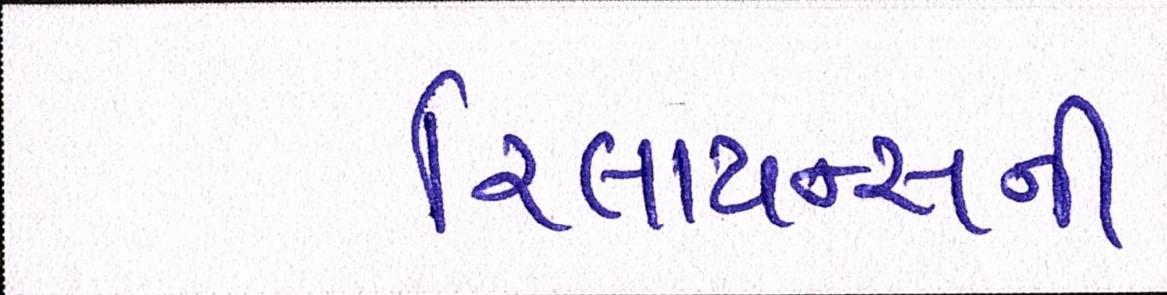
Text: રિલાયન્સની